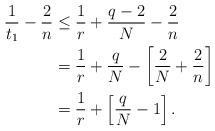
LaTeX: \begin{align*}\begin{aligned}\frac{1}{t_1}-\frac{2}{n} &\le \frac{1}{r} + \frac{q-2}{N} - \frac{2}{n} \\&= \frac{1}{r} +\frac{q}{N} - \left[ \frac{2}{N}+\frac{2}{n}\right]\\&= \frac{1}{r} +\left[\frac{q}{N}-1\right].\end{aligned}\end{align*}